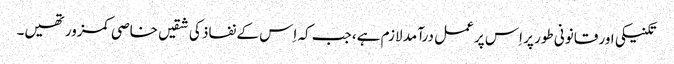
تکنیکی اور قانونی طور پر اِس پر عمل درآمد لازم ہے، جب کہ اِس کے نفاذ کی شقیں خاصی کمزور تھیں۔